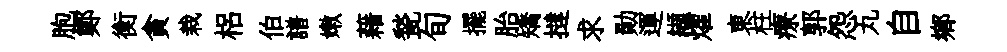
胞鄭衡貪栽梠伯譜嫩藉甃旬擺胎矯撻求勛運纈燿東柱療郭怨丸自鄉